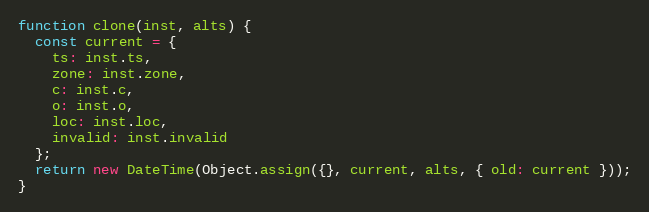
Language: JavaScript
function clone(inst, alts) {
  const current = {
    ts: inst.ts,
    zone: inst.zone,
    c: inst.c,
    o: inst.o,
    loc: inst.loc,
    invalid: inst.invalid
  };
  return new DateTime(Object.assign({}, current, alts, { old: current }));
}